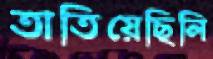
তাতিয়েছিলি